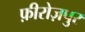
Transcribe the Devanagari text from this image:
फ़ीरोज़पुर